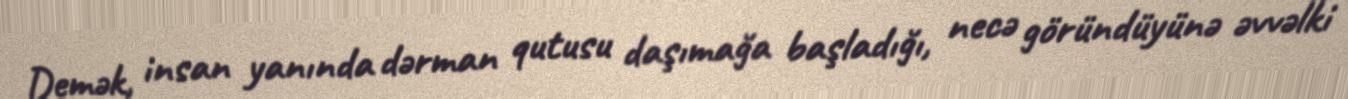
Demək, insan yanında dərman qutusu daşımağa başladığı, necə göründüyünə əvvəlki